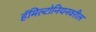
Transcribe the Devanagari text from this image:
हॅमिल्टोनियनवरील